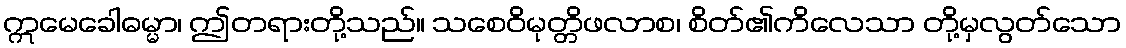
ဣမေခေါဓမ္မာ၊ ဤတရားတို့သည်။ သစေဝိမုတ္တိဖလာစ၊ စိတ်၏ကိလေသာ တို့မှလွတ်သော